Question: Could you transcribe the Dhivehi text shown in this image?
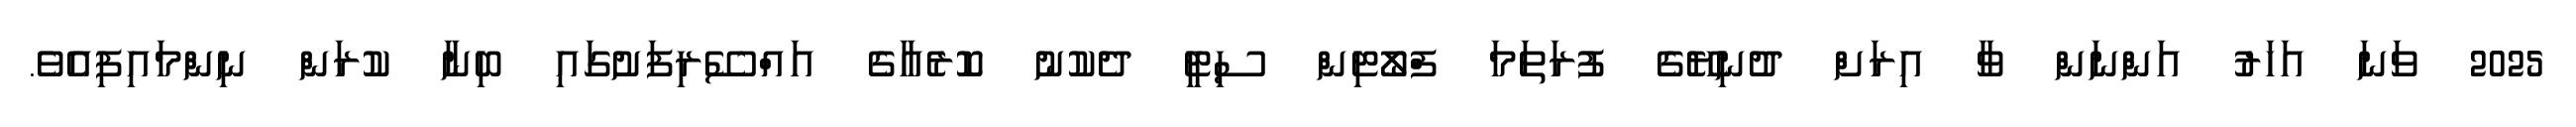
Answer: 2025 ވަނަ އަހަރު އަންނަން ވާ އިރަށް ދުނިޔޭގެ ފުރަތަމަ ފްލޯޓިން ސިޓީ ދެކުނު ކޮރެއާގެ އައްސޭރިފަށުގައި ބިނާ ކުރަން ނިންމައިފިއެވެ.